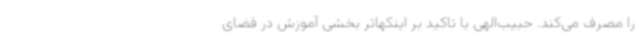
را مصرف می‌کند. حبیب‌الهی با تاکید بر اینکهاثر بخشی آموزش در فضای